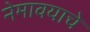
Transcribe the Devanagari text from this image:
नेमावयाचे